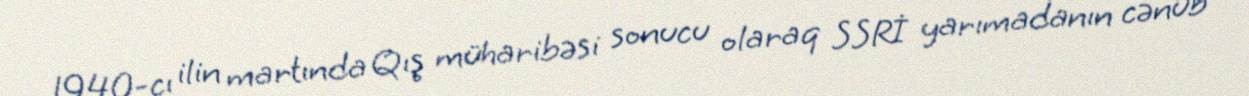
1940-cı ilin martında Qış müharibəsi sonucu olaraq SSRİ yarımadanın cənub